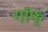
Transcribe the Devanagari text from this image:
गॉफ्